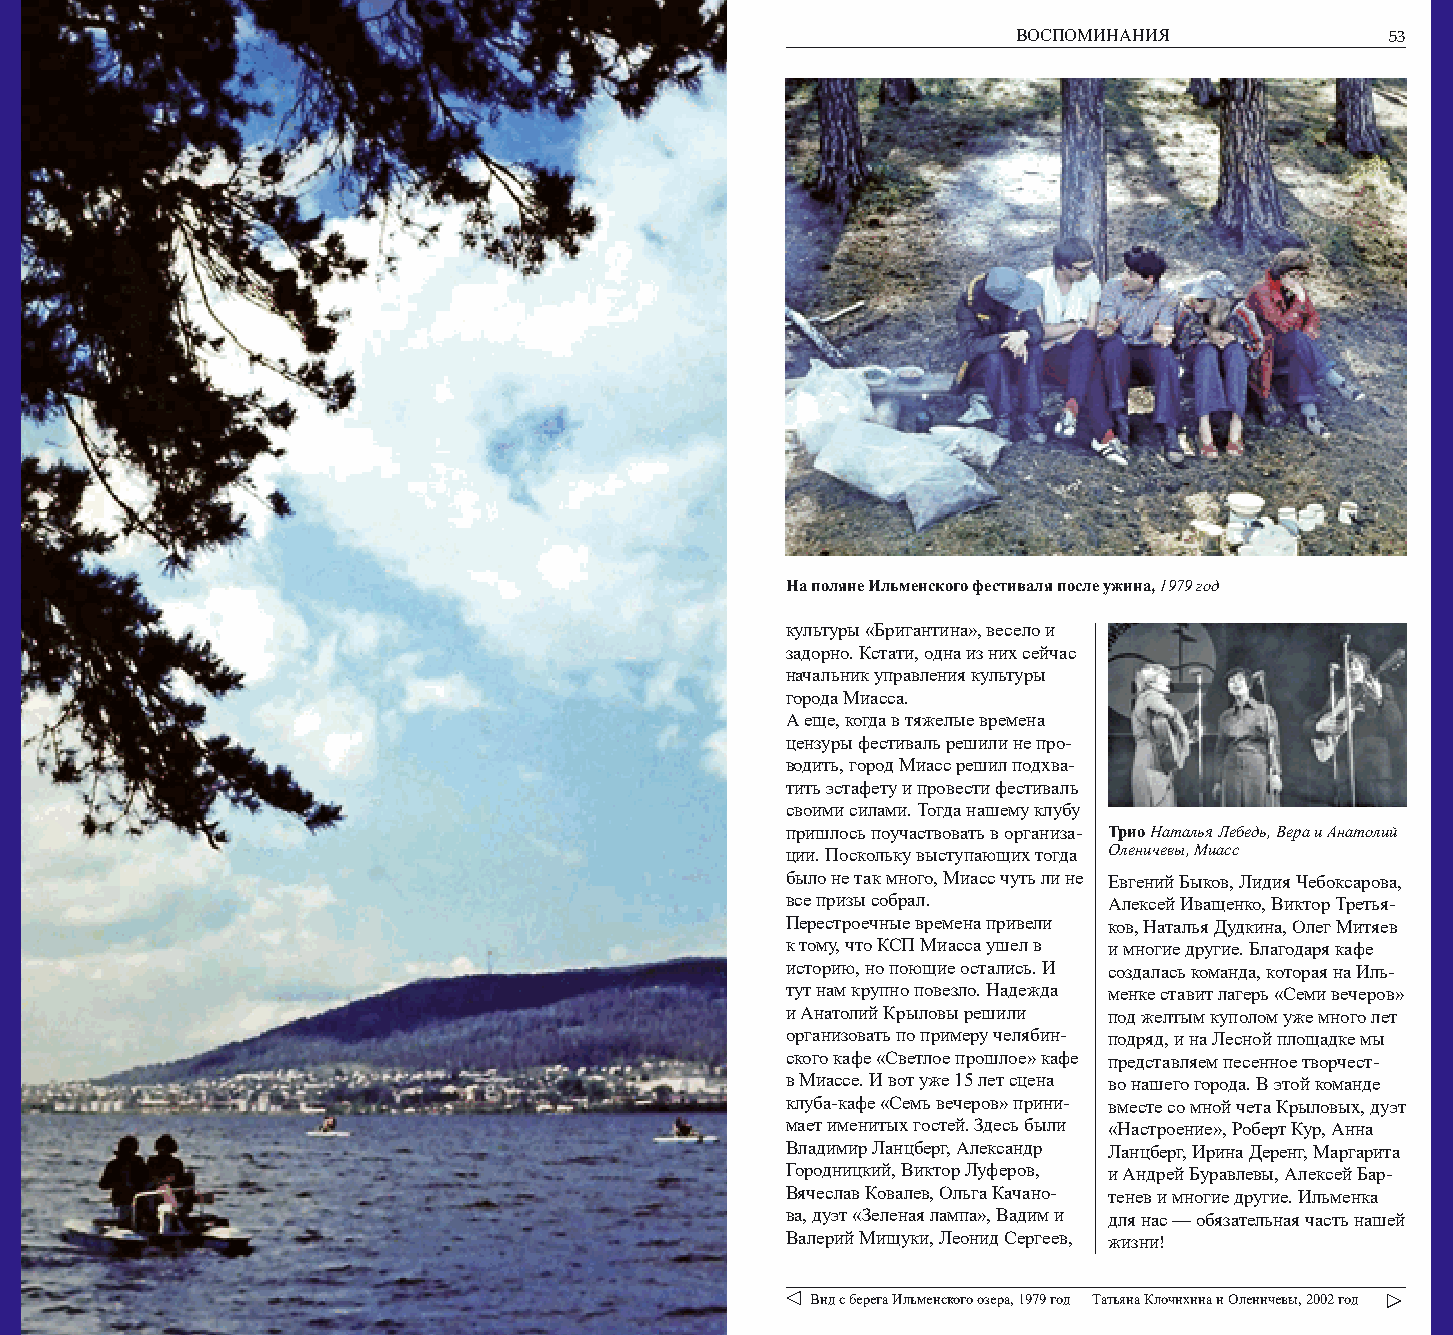
52           ИЛЬМЕНСКИЙ ФЕСТИВАЛЬ                               ВОСПОМИНАНИЯ             53
 На поляне Ильменского фестиваля после ужина, 1979 год
 культуры «Бригантина», весело и
 задорно. Кстати, одна из них сейчас
 начальник управления культуры
 города Миасса.
 А еще, когда в тяжелые времена
 цензуры фестиваль решили не про-
 водить, город Миасс решил подхва-
 тить эстафету и провести фестиваль
 своими силами. Тогда нашему клубу
 пришлось поучаствовать в организа- Трио Наталья Лебедь, Вера и Анатолий
 ции. Поскольку выступающих тогда Оленичевы, Миасс
 было не так много, Миасс чуть ли не Евгений Быков, Лидия Чебоксарова,
 все призы собрал.    Алексей Иващенко, Виктор Третья-
 Перестроечные времена привели ков, Наталья Дудкина, Олег Митяев
 к тому, что КСП Миасса ушел в и многие другие. Благодаря кафе
 историю, но поющие остались. И создалась команда, которая на Иль-
 тут нам крупно повезло. Надежда менке ставит лагерь «Семи вечеров»
 и Анатолий Крыловы решили под желтым куполом уже много лет
 организовать по примеру челябин- подряд, и на Лесной площадке мы
 ского кафе «Светлое прошлое» кафе представляем песенное творчест-
 в Миассе. И вот уже 15 лет сцена во нашего города. В этой команде
 клуба-кафе «Семь вечеров» прини- вместе со мной чета Крыловых, дуэт
 мает именитых гостей. Здесь были «Настроение», Роберт Кур, Анна
 Владимир Ланцберг, Александр Ланцберг, Ирина Деренг, Маргарита
 Городницкий, Виктор Луферов, и Андрей Буравлевы, Алексей Бар-
 Вячеслав Ковалев, Ольга Качано- тенев и многие другие. Ильменка
 ва, дуэт «Зеленая лампа», Вадим и для нас — обязательная часть нашей
 Валерий Мищуки, Леонид Сергеев, жизни!
 Вид с берега Ильменского озера, 1979 год Татьяна Клочихина и Оленичевы, 2002 год